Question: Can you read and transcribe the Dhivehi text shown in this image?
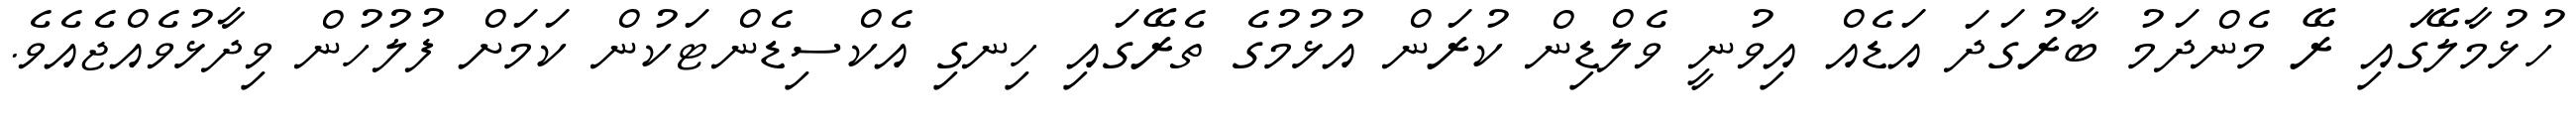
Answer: ހުޅުމާލޭގައި ރޭ މެންދަމު ބާރުގަދަ އަޑެއް އިވުނީ ވެލްޑިން ކުރަން އުޅުމުގެ ތެރޭގައި ހިނގި އެކްސިޑެންޓަކުން ކަމަށް ފުލުހުން ވިދާޅުވެއްޖެއެވެ.